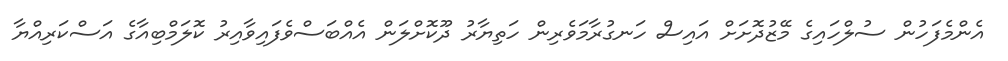
އެންމެފަހުން ސުލްހައިގެ މޭޒުދޮށަށް އައިސް ހަނގުރާމަވެރިން ހަތިޔާރު ދޫކޮށްލަން އެއްބަސްވެފައިވާއިރު ކޮލަމްބިއާގެ އަސްކަރިއްޔާ